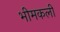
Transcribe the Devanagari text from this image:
भीमकली